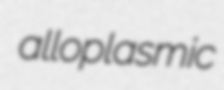
alloplasmic